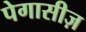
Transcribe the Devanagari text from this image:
पेगासीज़